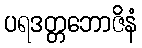
ပရဒတ္တဘောဇိနံ